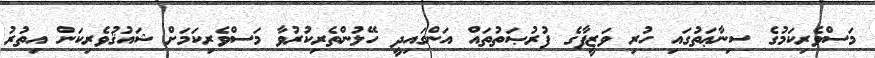
މަސްވެރިކަމުގެ ސިނާޢަތުގައި ހުރި ވަޒީފާގެ ފުރުޞަތުތައް އަންގައިދީ ހޭލުންތެރިކުރުވާ މަސްވެރިކަމަށް ޝައުޤުވެރިކަން އިތުރު